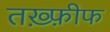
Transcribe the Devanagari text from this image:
तख़्फ़ीफ